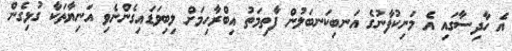
އެ ހާދިސާގައި އެ މަނިކުފާނުގެ އަނބިކަނބަލުން ފާތިމަތު އިބްރާހިމަށް ލިބިވަޑައިގެންނެވި އަނިޔާތަކާ ގުޅިގެން